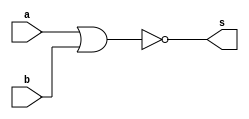
//-----------------------------
// Nome: Caio Ragacci Pimentel
// Matrcula: 405794
//-----------------------------



//-----------------------------
//------ GUIA 02 - 02----------
//-----------------------------


module portaAND (s, a, b);
	
	output s;
	input  a, b;
	
	assign s = ~(a | b);
	
endmodule // fim portaAND


module testeportaAND ;

	reg  a ,b;
	wire s ,s1, s2;
	
	portaAND NOR1(s1 ,a ,a);
	portaAND NOR2(s2, b ,b);
	portaAND NOR3(s ,s1,s2);
	
	//programa
	
	initial begin 
	
		$display("\n Guia 02 - Caio Ragacci Pimentel - 405794 ");
		$display("\n Tabela - Verdade da Porta AND");
		$display("\n A & B = S\n");
		
		
	#1	a = 0; b = 0;	
		$monitor(" %b & %b = %b", a, b, s);	
	#1	a = 0; b = 1;
	
	#1	a = 1; b = 0;
	
	#1	a = 1; b = 1;
			
	end

endmodule // fim testeportaAND